Vital statistics of India. Vol. V, Reports of 1876 on armies & jails and on epidemic cholera
Year: 1876
Disease focus: Cholera
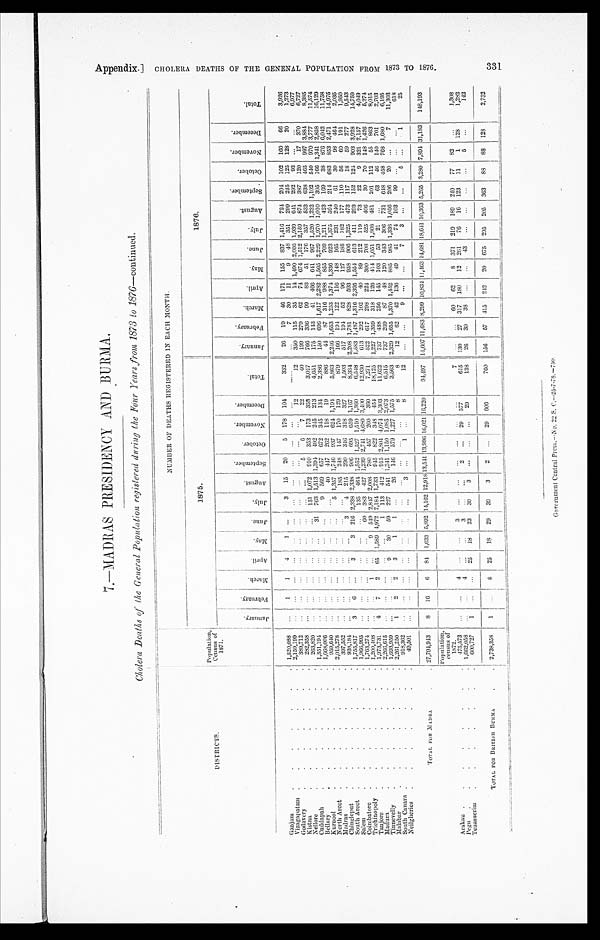
7 . — M A D R A S P R E S I D E N C Y A N D B U R M A .
Cholera Deaths of the General Population registered during the Four Years from 1873 to 1876 — c o n t i n u e d .
DISTRICTS.
Population, Census of
1871.
N U M B E R O F D E A T H S R E G I S T E R E D I N E A C H M O N T H .
1 8 7 5 .
1 8 7 6 .
J a n u a r y . F e b r u a r y .
M a r c h . A p r i l .
M a y . J u n e .
J u l y .
A u g u s t . S e p t e m b e r . O c t o b e r . N o v e m b e r .
D e c e m b e r .
T o t a l .
J a n u a r y .
F e b r u a r y . M a r c h .
A p r i l .
M a y .
J u n e . J u l y .
A u g u s t .
S e p t e m b e r .
O c t o b e r .
N o v e m b e r . D e c e m b e r .
T o t a l .
Ganjam
1,520,088
1 1 4 1
3 15 20 5 178 104
332 26 19 46 171 155 837 1,416 724 204 102 160 66 3,926
Vizagapatam
2,159,199
7 30 11 9 48 351 299 245 125 128 20 1,273
Godavery
3 8 9 , 7 1 2
12
12 350 115 35 14 1,490 2,008 1,939 641 292 93
6,977
Kistna
2 8 2 , 3 5 8
5 6 7 22
40 199 279 62 74 674 1,512 2,159 874 387 120 17 370
6,727
Nellore
263,820
151 1,072 910 353 173 358
3,017 766 336 99 83 51 176 357 533 638 4 6 5 997 3,884
8,385
Cuddapah
1,351,194
31 763 1,513 1,394 4 9 2 245 213 4,651 175 143 41
4 6 6 641 967 1,520 1,232 1,102 540 970 3,777 11,574
Bellary
1,668,006
9 569 657 672 345 134 2,386 150 696 1,617 2,282 1,505 2,229 1,970 1,010 305 166 1,341 2,858 16,129
Kurnool
9 5 9 , 6 4 0
4 0 4 4 7 262 118 19
886
4 4 87 316 988 855 709 1,211 423 169 38 876 6 , 0 4 2 11,758
North Arcot
2 , 0 1 5 , 2 7 8
5 1,357 1,746 937 624 1,194 5,863 2,246 1,653 1,253 1,374 1,336 923 1,375 594 214 683 8 5 3 2,471 14,975
Madras
3 9 7 , 5 5 2
185 248 147 170 129
879 166 194 122 116 148 165 231 240 61 30 98 464
2,035
Chingleput
938,184
3 4 215 290 346 318 327
1,503 517 194 52 96 127 188 182 177 110 56 60 191
1,950
South Arcot
1,755,817 3 6
3 3 216
2 , 3 3 8 2,338 906 695
6 5 9 1,167 8,334 2,208 1,781 828 593 958 906 1,325 473 117 18 59 277 9,543
Salem
1,966,995
135
4 6 4 1,552 1,527 1,510 1,360 6,548 1,583 1,487 1,316 2,395 1,554 613 411 293 152 124 903 3,928 14,759
Coimbatore
1,763,274
60 383
4 2 7 1,239 2,741 4,680 3,400 12,930 613 292 102
4 0 89 212 119 73 22 9 321 2,157 4,049
Trichinopoly
1,200,408
1
9 549 2,847 2,008 780 4 5 7 260 360
7,271 522
6 1 7 298 224 300 708 525 406 30 70 148 1,426
5,274
Tanjore
1,973,731 4 7 2 6 5 1,589 4 , 9 7 2 7,184 1,733 945 822 348 454 18,125 1,227 1,359 318 126 414 1,051 1,808 481 201 112 55 863 8,015
Madura
2,266,615
1 113 412 915 2,804 4,074 3,303 11,622 737 438 256 145 103 53 21
63 46 140 701
2,703
Tinnevelly
1,693,959
9 30 59 2 2 7 541 1,341 1 , 1 5 0 1,085 2,073
6,515 737 269 87 48 120 343 306 731 648 4 5 8 768 1,680 6,195
Malabar
2,261,250 1 2 2 3 1 1
26 146 579 1,227 1,575
3,563 2,329 1,655 1,370 1,452 885 985 1,338 1,056 206 20
7 11,303
South Canara
918,362
8
8
1 2 6 2 4 2 1 3 6 4 9 41 74 103 99
618
Neilgheries
4 9 , 5 0 1
3
1
8
1 2
9
7
3
5
1
25
TOTAL FOR MADRA 27,794,943 8 16 6 8 4
1 , 6 3 3
5,892 14,162 12,918 13,541 13,996 16,021 16,220 94,497 14,607 11,683 8,299
1 0 , 8 3 4 11,463 14,681 18,641 10,363 5,265 3,280 7,894 31,183 148,193
Population, c e n s u s o f
1872.
Arakan
475,573
4
3
7
60 62 8 371 219 189 240 77 82
1,308
Pegu
1,662,058
4
3
2
2 9 5 7 7 615 130 27 317 180 12 261 76 16
1 2 3 11 1 128
1,282
Tenasserim
600,727 1
25 18 23 39 3
29
138 26
3 0 3 8
43
5
142
TOTAL FOR BRITISH BURMA 2,738,358 1
8 25 18 29 39 3 2
29 606
760 156 57
4 1 5
2 4 2
20 675 295 205 363
8 8
88 1 2 8
2,732
C H O L E R A D E A T H S O F T H E G E N E R A L P O P U L A T I O N F R O M 1 8 7 3 T O 1 8 7 6 .
3 3 1 G o v e r n m e n t C e n t r a l P r e s s . — N o . 2 2 S . C . — 2 5 - 7 - 7 8 . — 7 5 0 .